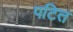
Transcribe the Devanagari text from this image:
पटित